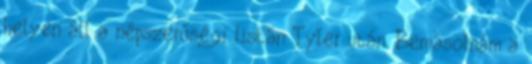
helyen áll a népszerűségi listán Tyler után. Bemásolnám a